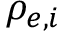
\rho _ { e , i }